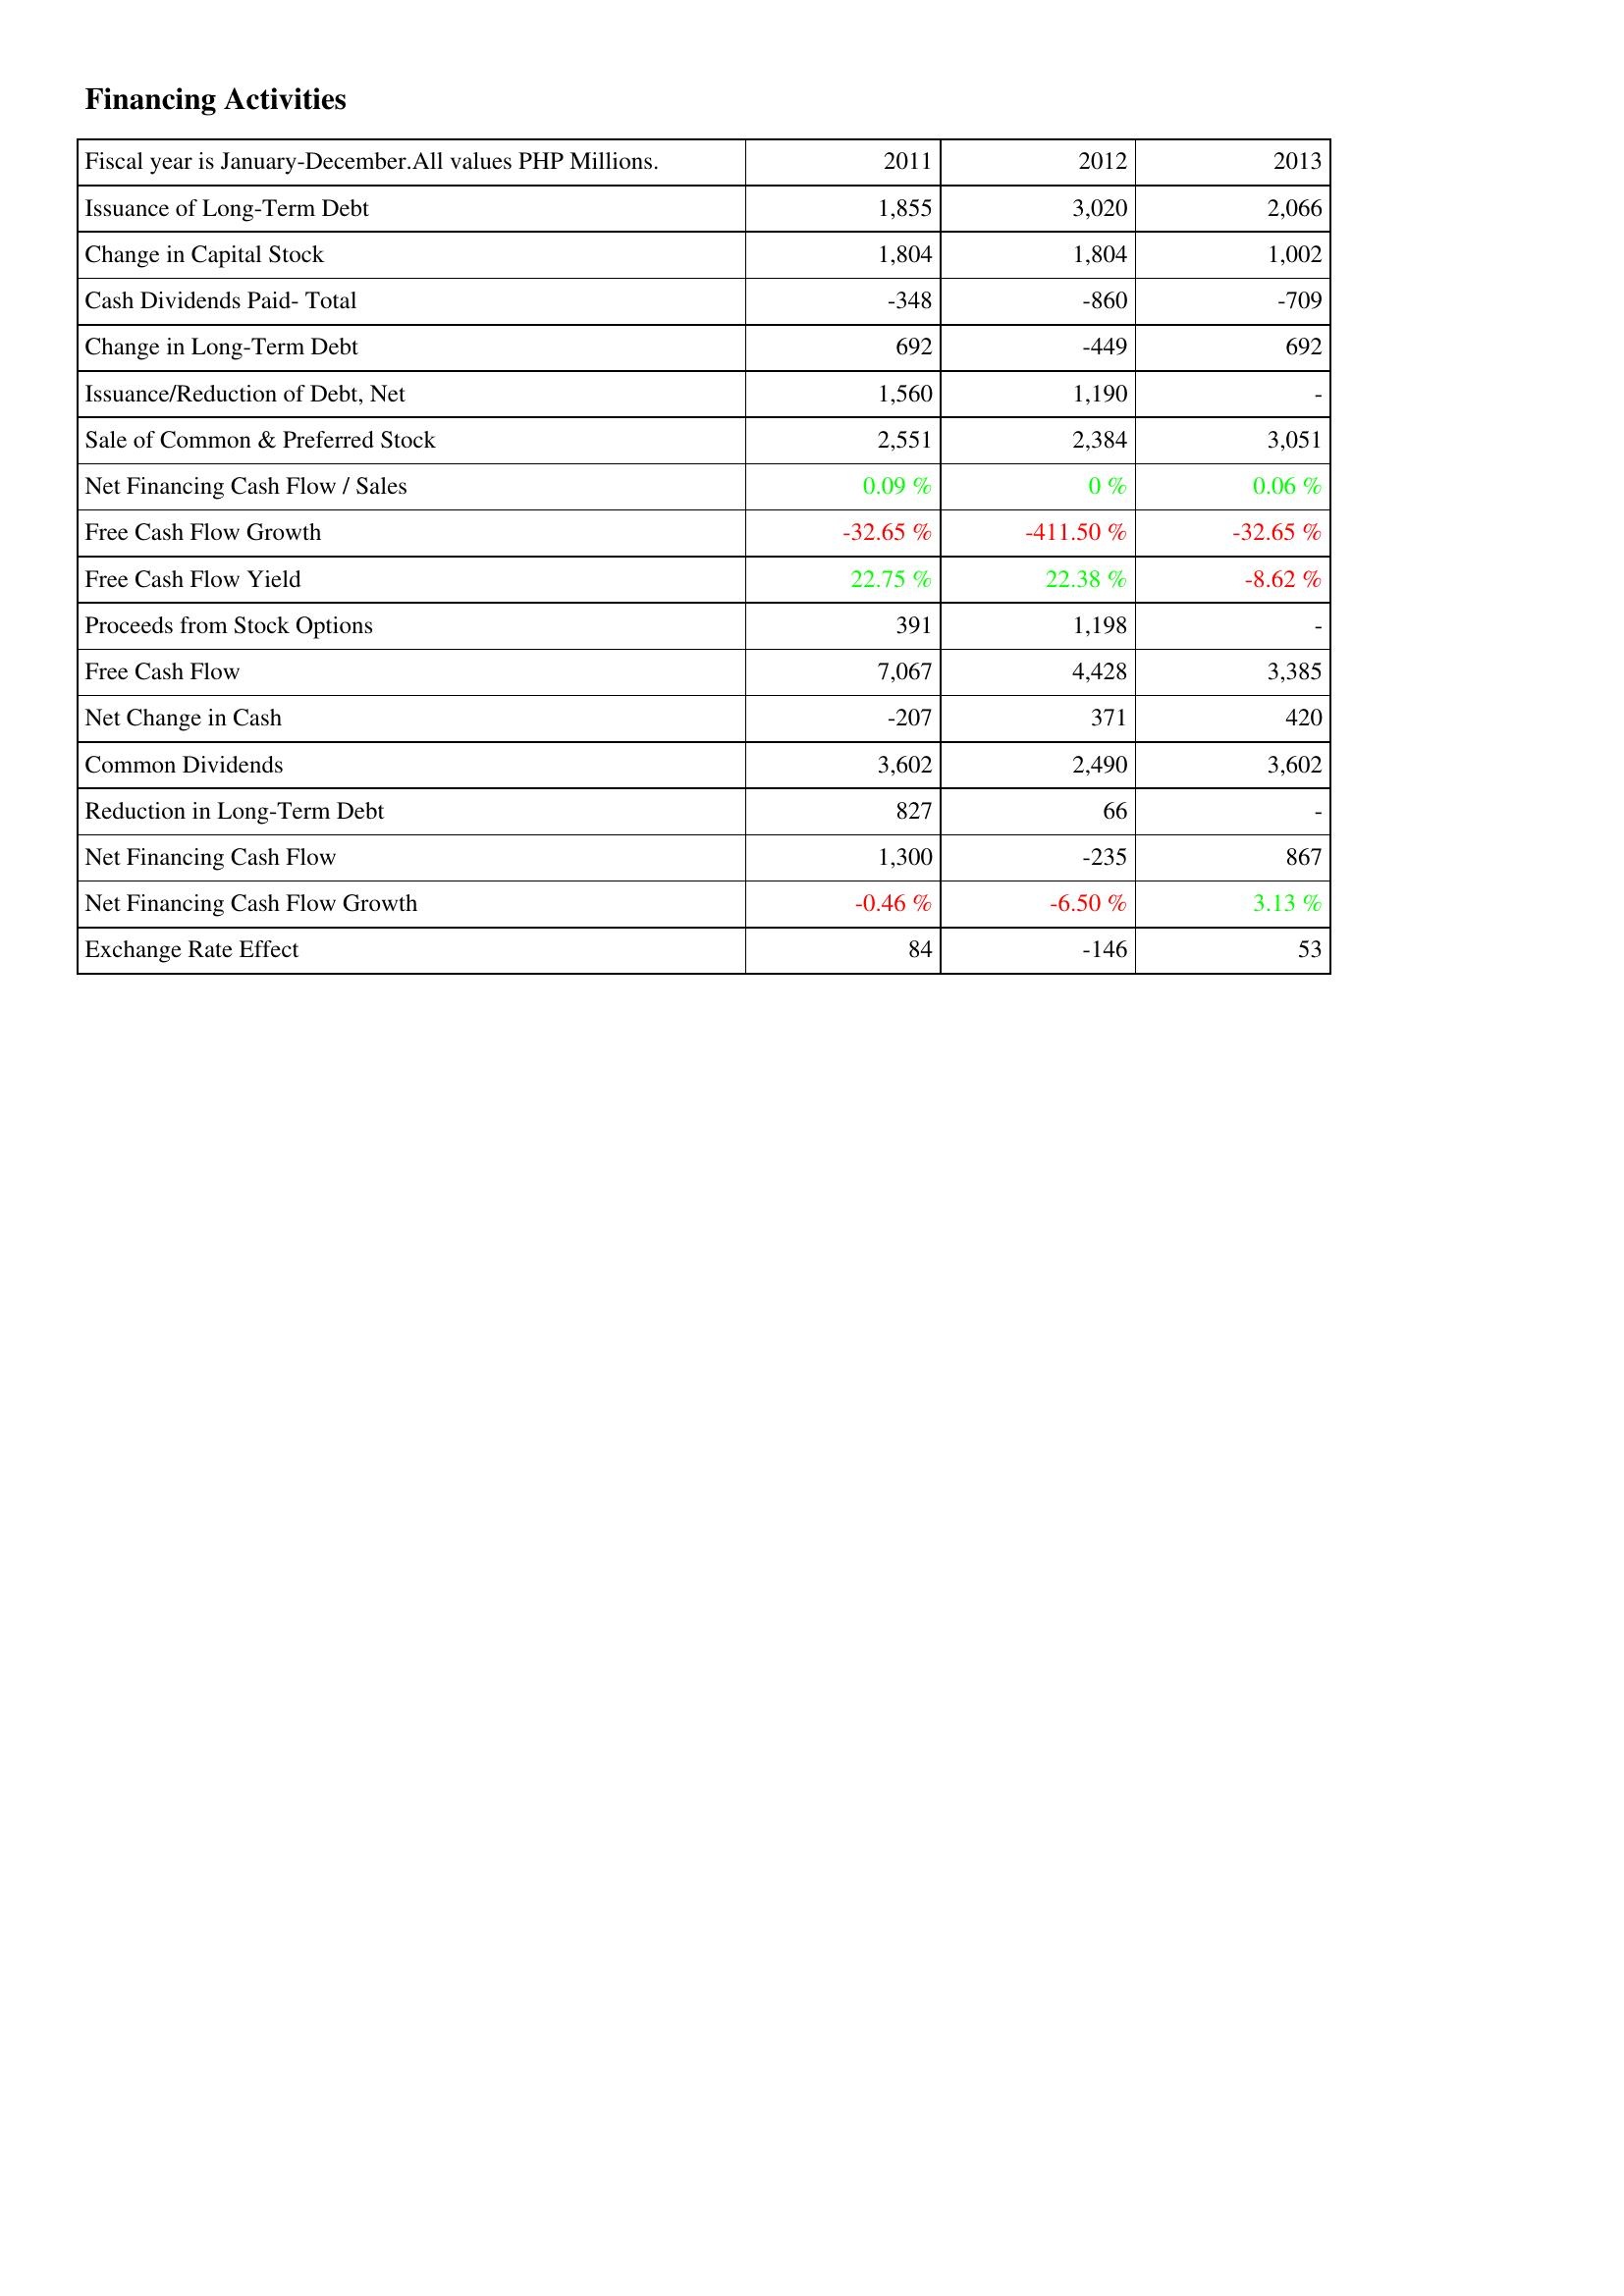
2011: Financing Activities: Issuance of Long-Term Debt: 1,855
Change in Capital Stock: 1,804
Cash Dividends Paid- Total: -348
Change in Long-Term Debt: 692
Issuance/Reduction of Debt, Net: 1,560
Sale of Common & Preferred Stock: 2,551
Net Financing Cash Flow / Sales: 0.09 %
Free Cash Flow Growth: -32.65 %
Free Cash Flow Yield: 22.75 %
Proceeds from Stock Options: 391
Free Cash Flow: 7,067
Net Change in Cash: -207
Common Dividends: 3,602
Reduction in Long-Term Debt: 827
Net Financing Cash Flow: 1,300
Net Financing Cash Flow Growth: -0.46 %
Exchange Rate Effect: 84
2012: Financing Activities: Issuance of Long-Term Debt: 3,020
Change in Capital Stock: 1,804
Cash Dividends Paid- Total: -860
Change in Long-Term Debt: -449
Issuance/Reduction of Debt, Net: 1,190
Sale of Common & Preferred Stock: 2,384
Net Financing Cash Flow / Sales: 0 %
Free Cash Flow Growth: -411.50 %
Free Cash Flow Yield: 22.38 %
Proceeds from Stock Options: 1,198
Free Cash Flow: 4,428
Net Change in Cash: 371
Common Dividends: 2,490
Reduction in Long-Term Debt: 66
Net Financing Cash Flow: -235
Net Financing Cash Flow Growth: -6.50 %
Exchange Rate Effect: -146
2013: Financing Activities: Issuance of Long-Term Debt: 2,066
Change in Capital Stock: 1,002
Cash Dividends Paid- Total: -709
Change in Long-Term Debt: 692
Issuance/Reduction of Debt, Net: -
Sale of Common & Preferred Stock: 3,051
Net Financing Cash Flow / Sales: 0.06 %
Free Cash Flow Growth: -32.65 %
Free Cash Flow Yield: -8.62 %
Proceeds from Stock Options: -
Free Cash Flow: 3,385
Net Change in Cash: 420
Common Dividends: 3,602
Reduction in Long-Term Debt: -
Net Financing Cash Flow: 867
Net Financing Cash Flow Growth: 3.13 %
Exchange Rate Effect: 53